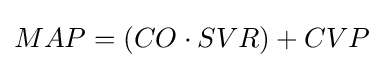
MAP=(CO\cdot SVR)+CVP